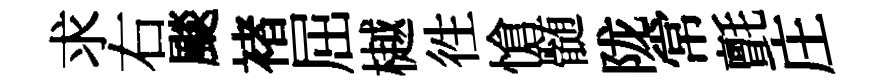
求右颷褚屈樾徃愴髄陇常氈庄